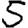
Digit: 5